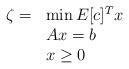
LaTeX: \begin{align*}\begin{array}{rl}\zeta = & \min E[c]^T x \\& Ax=b\\& x \geq 0\end{array}\end{align*}